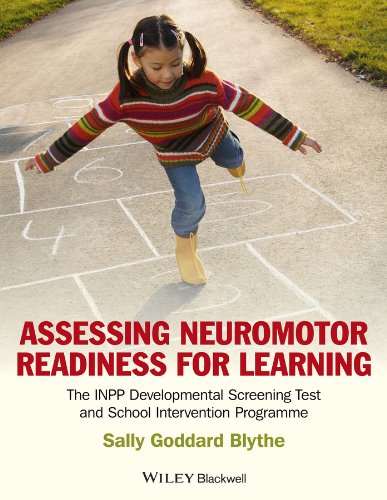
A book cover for Assessing Neuromotor Readiness for Learning: The INPP Developmental Screening Test and School Intervention Programme; Sally Goddard Blythe; Medical Books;